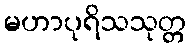
မဟာပုရိသသုတ္တ